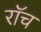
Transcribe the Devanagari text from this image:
रॉच